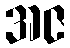
အဇ